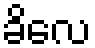
ခိလေ